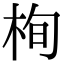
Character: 栒